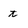
Character: t